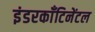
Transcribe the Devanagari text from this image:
इंडरकाँटिनेंटल